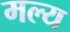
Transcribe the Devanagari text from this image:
मल्य